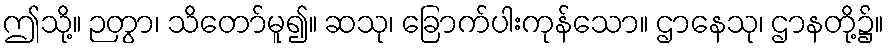
ဤသို့။ ဉတွာ၊ သိတော်မူ၍။ ဆသု၊ ခြောက်ပါးကုန်သော။ ဌာနေသု၊ ဌာနတို့၌။